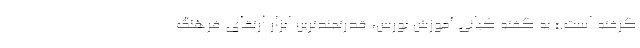
گرفته است.» به گفته کیانی آموزش بورس، قدرتمندترین ابزار ارتقای فرهنگ‌